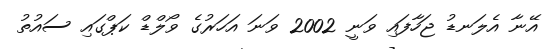
އޭނާ އެލަނޑު ޖަހާފައި ވަނީ 2002 ވަނަ އަހަރުގެ ވޯލްޑް ކަޕްގައި ސައުތު